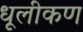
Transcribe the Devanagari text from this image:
धूलीकण